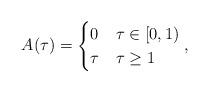
LaTeX: \begin{align*}A(\tau) =\begin{cases}0 & \tau \in [0,1) \\\tau & \tau \ge 1 \\\end{cases} , \end{align*}